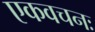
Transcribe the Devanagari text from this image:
एकवचनः